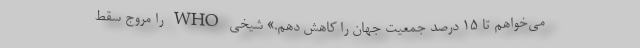
می‌خواهم تا ۱۵ درصد جمعیت جهان را کاهش دهم.» شیخی WHO را مروج سقط